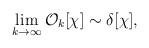
LaTeX: \begin{align*}\lim_{k\to\infty} {\mathcal O}_k[\chi] \sim \delta [\chi],\end{align*}